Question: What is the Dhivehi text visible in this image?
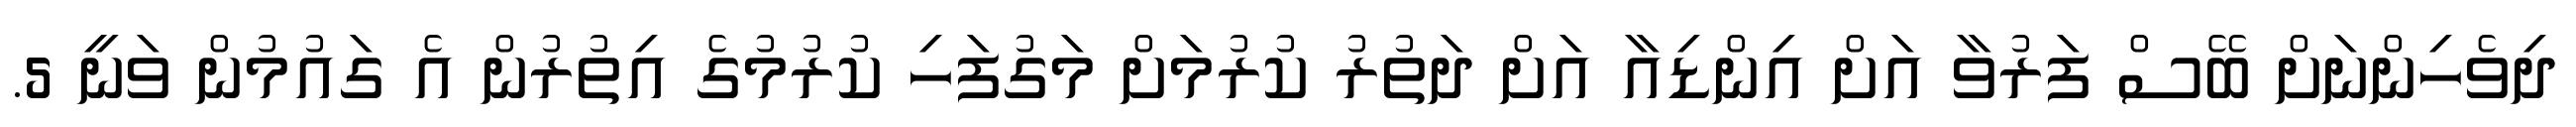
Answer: ދިވެހިންނަށް ބޭސް ފަރުވާ އަށް އިންޑިއާ އަށް ދަތުރު ކުރުމަށް މަގުފަހި ކުރުމުގެ އިތުރުން އެ ގައުމުން ވަނީ 5.